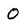
Character: O